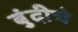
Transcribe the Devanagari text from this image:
बुंदीचे